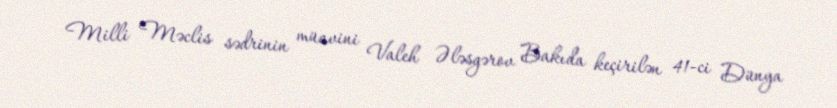
Milli Məclis sədrinin müavini Valeh Ələsgərov Bakıda keçirilən 41-ci Dünya